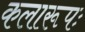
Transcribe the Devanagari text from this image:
कलारूपः